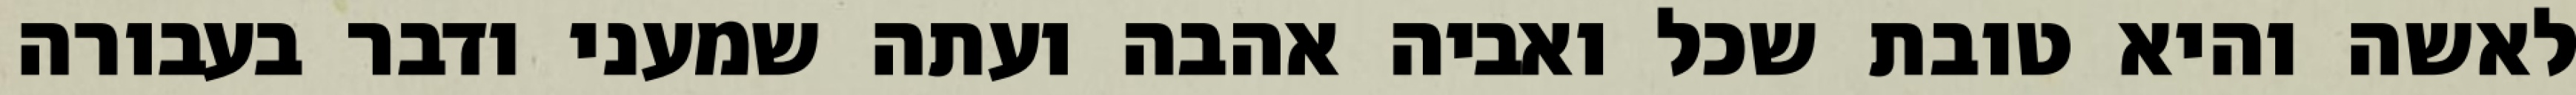
לאשה והיא טובת שכל ואביה אהבה ועתה שמעני ודבר בעבורה